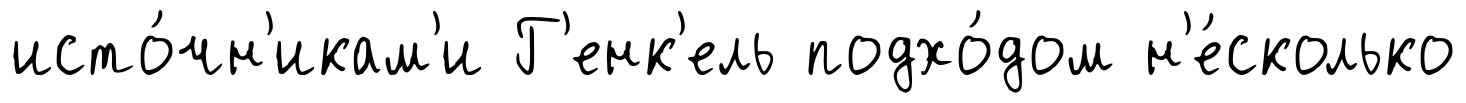
исто́чн'икам'и Г'енк'ель подхо́дом н'е́сколько